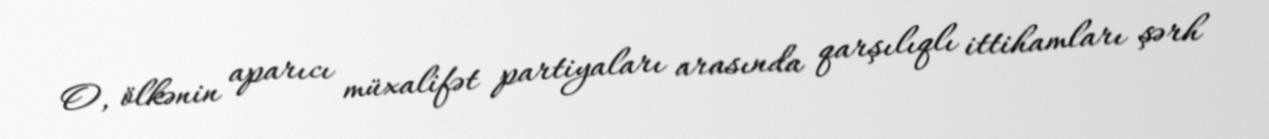
O, ölkənin aparıcı müxalifət partiyaları arasında qarşılıqlı ittihamları şərh